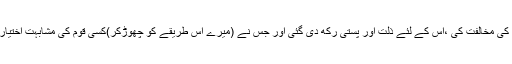
اورجس نے میرے (اس) امر کی مخالفت کی ،اُس کے لئے ذلت اور پستی رکھ دی گئی اور جس نے (میرے اس طریقے کو چھوڑکر)کسی قوم کی مشابہت اختیار کی تو اُنہی میں (شمار)ہوگا۔